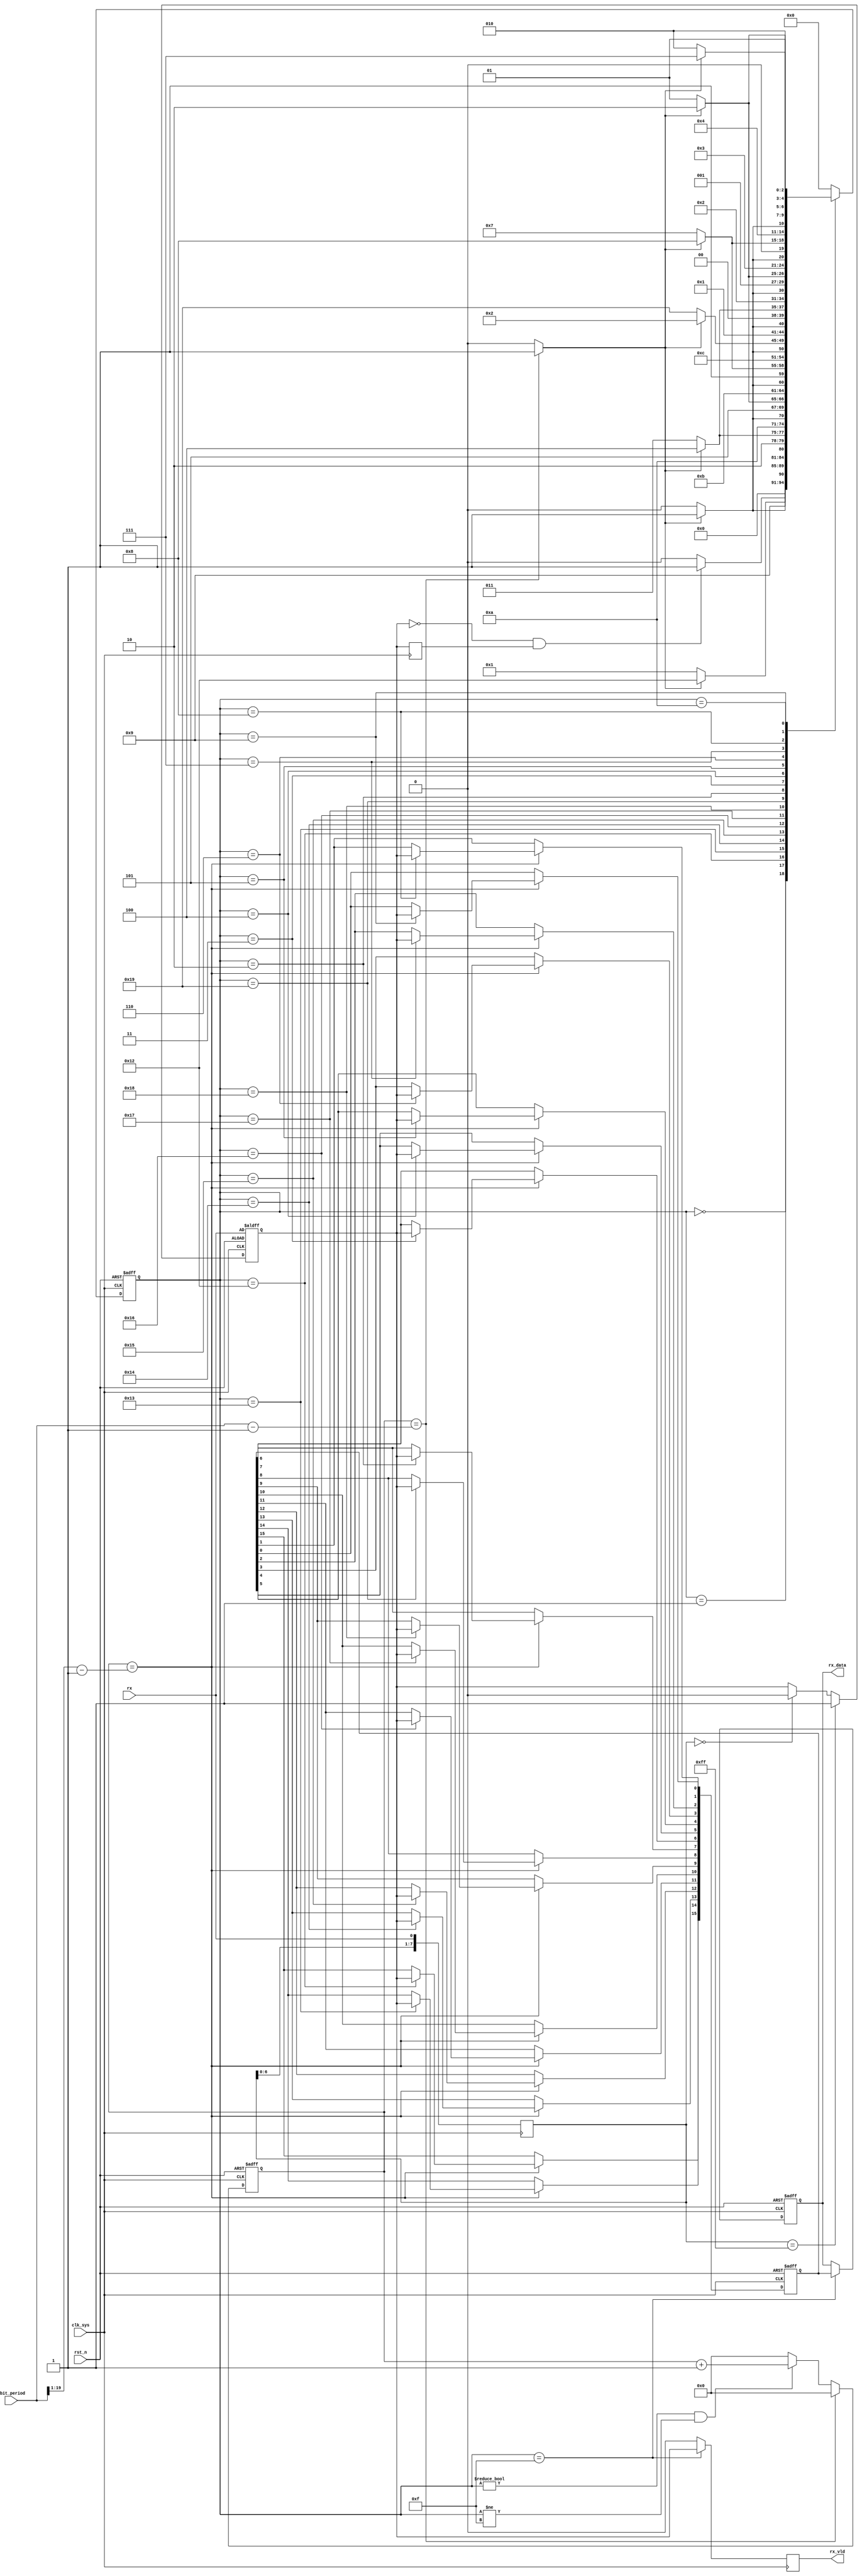
//fetch_rx_inf.v

module fetch_rx_inf(
rx,
tbit_period,
rx_vld,
rx_data,
//clk rst
clk_sys,
rst_n
);
input 				rx;
input  [19:0]	tbit_period;
output 				rx_vld;
output [15:0]	rx_data;
//clk rst
input clk_sys;
input rst_n;

//----------------------------------
//----------------------------------

//--------- rx prepare ---------
reg [7:0]	rx_reg;
always @ (posedge clk_sys) 
	rx_reg <= {rx_reg[6:0],rx};

reg rx_real;
always @ (posedge clk_sys or negedge rst_n)	begin
	if(~rst_n)
		rx_real <= rx;	//maybe 0 or 1
	else if(rx_reg == 8'hff)
		rx_real <= 1'b1;
	else if(rx_reg == 8'h0)
		rx_real <= 1'b0;
	else ;
end
reg rx_real_reg;
always @(posedge clk_sys)
	rx_real_reg <= rx_real;


//---------- main FSM ----------
parameter S_IDLE = 5'h0;
parameter S_START = 5'h1;
parameter S_S7 = 5'h2;
parameter S_S6 = 5'h3;
parameter S_S5 = 5'h4;
parameter S_S4 = 5'h5;
parameter S_S3 = 5'h6;
parameter S_S2 = 5'h7;
parameter S_S1 = 5'h8;
parameter S_S0 = 5'h9;
parameter S_STOP = 5'ha;
parameter S_DONE = 5'hf;
parameter S_S15 = 5'h12;
parameter S_S14 = 5'h13;
parameter S_S13 = 5'h14;
parameter S_S12 = 5'h15;
parameter S_S11 = 5'h16;
parameter S_S10 = 5'h17;
parameter S_S9 = 5'h18;
parameter S_S8 = 5'h19;
reg [4:0] st_rx_phy;
wire rx_falling;
wire finish_bit;
always @ (posedge clk_sys or negedge rst_n)	begin
	if(~rst_n)
		st_rx_phy <= S_IDLE;
	else begin
		case (st_rx_phy)
			S_IDLE : st_rx_phy <= rx_falling ? S_START : S_IDLE;
			S_START: st_rx_phy <= finish_bit ? S_S15 : S_START;
			S_S15	 : st_rx_phy <= finish_bit ? S_S14 : S_S15;
			S_S14	 : st_rx_phy <= finish_bit ? S_S13 : S_S14;
			S_S13	 : st_rx_phy <= finish_bit ? S_S12 : S_S13;
			S_S12	 : st_rx_phy <= finish_bit ? S_S11 : S_S12;
			S_S11	 : st_rx_phy <= finish_bit ? S_S10 : S_S11;
			S_S10	 : st_rx_phy <= finish_bit ? S_S9 : S_S10;
			S_S9	 : st_rx_phy <= finish_bit ? S_S8 : S_S9;
			S_S8	 : st_rx_phy <= finish_bit ? S_S7 : S_S8;
			S_S7	 : st_rx_phy <= finish_bit ? S_S6 : S_S7;
			S_S6	 : st_rx_phy <= finish_bit ? S_S5 : S_S6;
			S_S5	 : st_rx_phy <= finish_bit ? S_S4 : S_S5;
			S_S4	 : st_rx_phy <= finish_bit ? S_S3 : S_S4;
			S_S3	 : st_rx_phy <= finish_bit ? S_S2 : S_S3;
			S_S2	 : st_rx_phy <= finish_bit ? S_S1 : S_S2;
			S_S1	 : st_rx_phy <= finish_bit ? S_S0 : S_S1;
			S_S0	 : st_rx_phy <= finish_bit ? S_STOP : S_S0;
			S_STOP : st_rx_phy <= finish_bit ? S_DONE : S_STOP;
			S_DONE : st_rx_phy <= S_IDLE;
			default : st_rx_phy <= S_IDLE;
		endcase
	end
end
wire send_bit = (st_rx_phy != S_IDLE) & (st_rx_phy != S_DONE);


//--------- FSM finish_bit ----------
assign rx_falling = (~rx_real) & rx_real_reg;

reg [19:0] cnt_cycle;
always @(posedge clk_sys or negedge rst_n)	begin
	if(~rst_n)
		cnt_cycle <= 20'h0;
	else if(cnt_cycle == (tbit_period - 20'h1))
		cnt_cycle <= 20'h0;
	else if(send_bit)
		cnt_cycle <= cnt_cycle + 20'h1;
	else 
		cnt_cycle <= 20'h0;
end
assign finish_bit = (cnt_cycle == (tbit_period - 20'h1)) ? 1'b1 : 1'b0;


//--------- rx data -----------
wire [19:0] point_get = {1'b0,tbit_period[19:1]} - 20'h1;
reg [15:0] rx_data_int;
always @ (posedge clk_sys or negedge rst_n)	begin
	if(~rst_n)
		rx_data_int <= 16'h0;
	else if(cnt_cycle == point_get)	begin
		case(st_rx_phy)
			S_S15 : rx_data_int[15] <= rx_real;
			S_S14 : rx_data_int[14] <= rx_real;
			S_S13 : rx_data_int[13] <= rx_real;
			S_S12 : rx_data_int[12] <= rx_real;
			S_S11 : rx_data_int[11] <= rx_real;
			S_S10 : rx_data_int[10] <= rx_real;
			S_S9 : rx_data_int[9] <= rx_real;
			S_S8 : rx_data_int[8] <= rx_real;	
			S_S7 : rx_data_int[7] <= rx_real;
			S_S6 : rx_data_int[6] <= rx_real;
			S_S5 : rx_data_int[5] <= rx_real;
			S_S4 : rx_data_int[4] <= rx_real;
			S_S3 : rx_data_int[3] <= rx_real;
			S_S2 : rx_data_int[2] <= rx_real;
			S_S1 : rx_data_int[1] <= rx_real;
			S_S0 : rx_data_int[0] <= rx_real;			
			default : ;
		endcase
	end
	else ;
end

reg [15:0] rx_data;
reg rx_vld;
always @ (posedge clk_sys)	begin
	//rx_vld <= (st_rx_phy == S_DONE) ? 1'b1 : 1'b0;
	rx_vld <= (st_rx_phy == S_DONE) ? rx_real : 1'b0;
end
	
always @ (posedge clk_sys or negedge rst_n)	begin
	if(~rst_n)
		rx_data <= 16'h0;
	else if(st_rx_phy == S_DONE)
		rx_data <= rx_data_int;
	else ;
end


endmodule